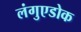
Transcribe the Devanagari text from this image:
लंगुएडोक